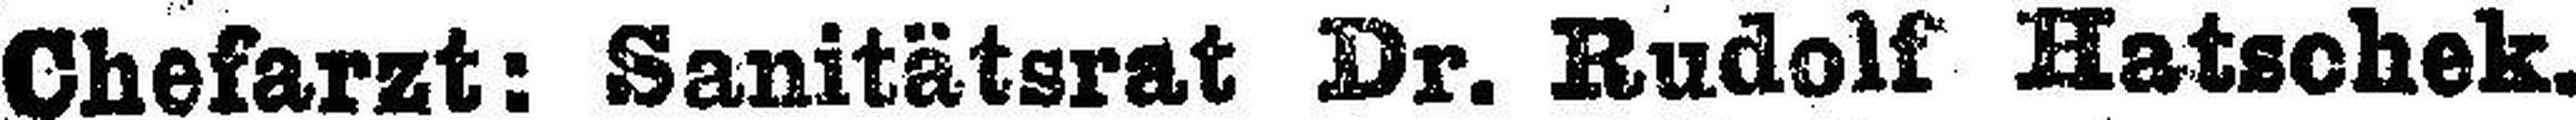
Chefarzt: Sanitätsrat Dr. Rudolf Hatschek.